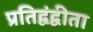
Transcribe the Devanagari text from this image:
प्रतिद्वंद्वीता